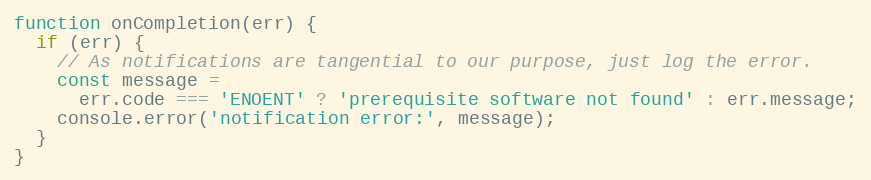
Language: JavaScript
function onCompletion(err) {
  if (err) {
    // As notifications are tangential to our purpose, just log the error.
    const message =
      err.code === 'ENOENT' ? 'prerequisite software not found' : err.message;
    console.error('notification error:', message);
  }
}